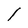
Character: I